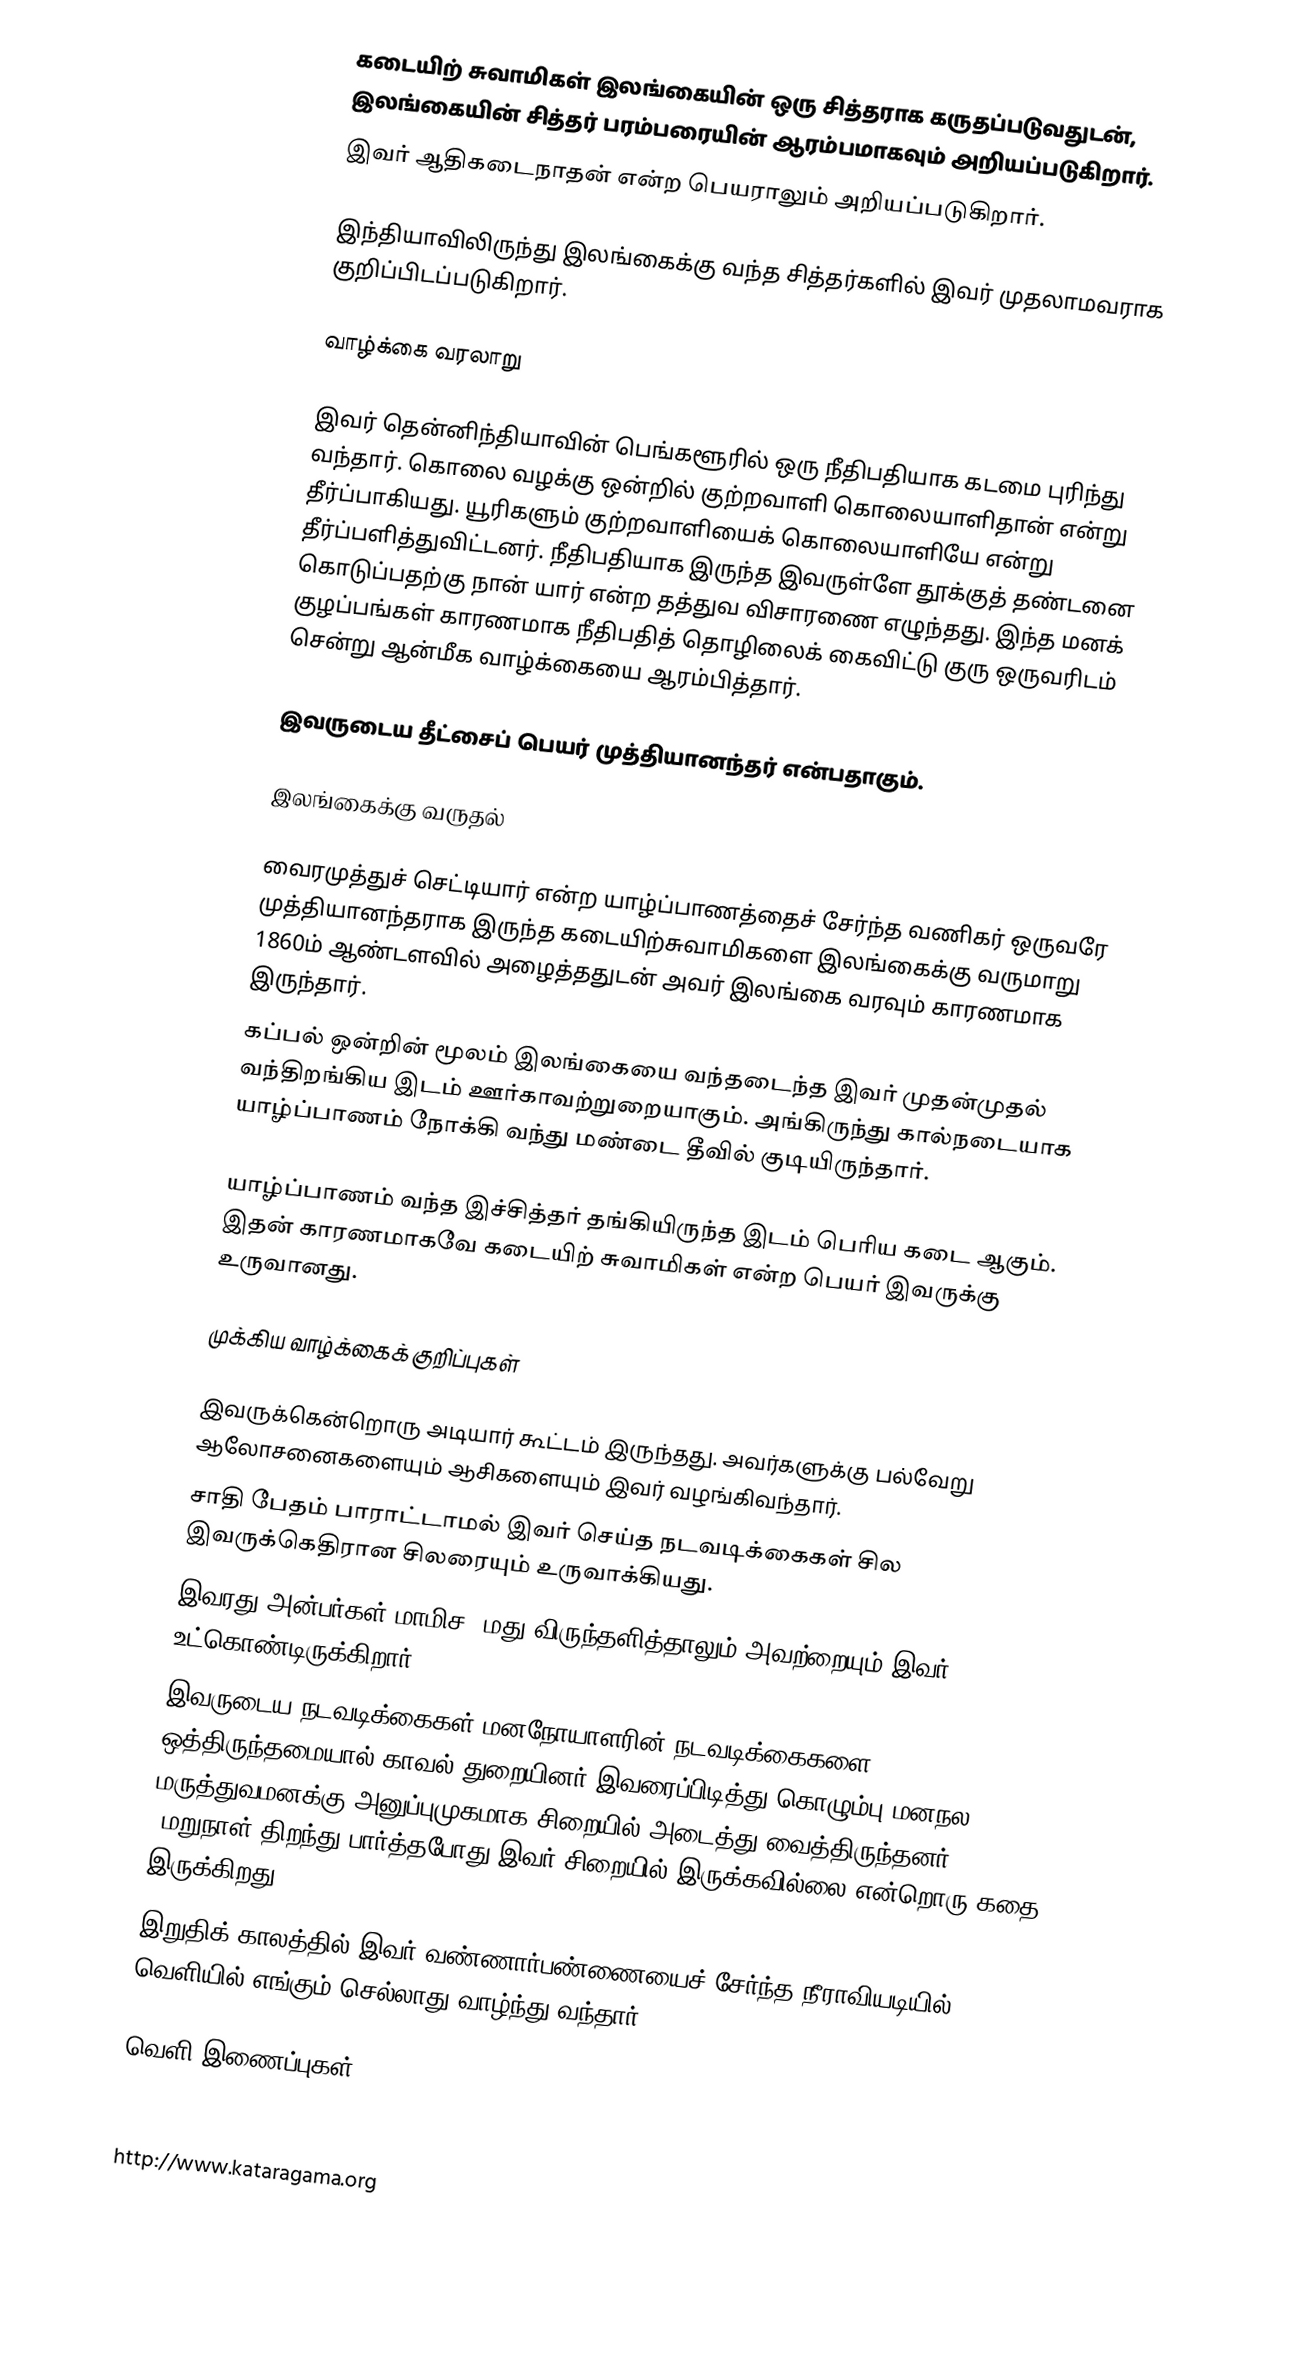
கடையிற் சுவாமிகள் இலங்கையின் ஒரு சித்தராக கருதப்படுவதுடன், இலங்கையின் சித்தர் பரம்பரையின் ஆரம்பமாகவும் அறியப்படுகிறார்.
இவர் ஆதிகடைநாதன் என்ற பெயராலும் அறியப்படுகிறார்.

இந்தியாவிலிருந்து இலங்கைக்கு வந்த சித்தர்களில் இவர் முதலாமவராக குறிப்பிடப்படுகிறார்.

வாழ்க்கை வரலாறு

இவர் தென்னிந்தியாவின் பெங்களூரில் ஒரு நீதிபதியாக கடமை புரிந்து வந்தார். கொலை வழக்கு ஒன்றில் குற்றவாளி கொலையாளிதான் என்று தீர்ப்பாகியது. யூரிகளும் குற்றவாளியைக் கொலையாளியே என்று தீர்ப்பளித்துவிட்டனர். நீதிபதியாக இருந்த இவருள்ளே தூக்குத் தண்டனை கொடுப்பதற்கு நான் யார் என்ற தத்துவ விசாரணை எழுந்தது. இந்த மனக் குழப்பங்கள் காரணமாக நீதிபதித் தொழிலைக் கைவிட்டு குரு ஒருவரிடம் சென்று ஆன்மீக வாழ்க்கையை ஆரம்பித்தார்.

இவருடைய தீட்சைப் பெயர் முத்தியானந்தர் என்பதாகும்.

இலங்கைக்கு வருதல்

வைரமுத்துச் செட்டியார் என்ற யாழ்ப்பாணத்தைச் சேர்ந்த வணிகர் ஒருவரே முத்தியானந்தராக இருந்த கடையிற்சுவாமிகளை இலங்கைக்கு  வருமாறு 1860ம் ஆண்டளவில் அழைத்ததுடன் அவர் இலங்கை  வரவும் காரணமாக இருந்தார்.
கப்பல் ஒன்றின் மூலம் இலங்கையை வந்தடைந்த இவர் முதன்முதல் வந்திறங்கிய இடம் ஊர்காவற்றுறையாகும். அங்கிருந்து கால்நடையாக யாழ்ப்பாணம் நோக்கி வந்து மண்டை தீவில் குடியிருந்தார்.

யாழ்ப்பாணம் வந்த இச்சித்தர் தங்கியிருந்த இடம் பெரிய கடை ஆகும். இதன் காரணமாகவே கடையிற் சுவாமிகள் என்ற பெயர் இவருக்கு உருவானது.

முக்கிய வாழ்க்கைக் குறிப்புகள்

 இவருக்கென்றொரு அடியார் கூட்டம் இருந்தது. அவர்களுக்கு பல்வேறு ஆலோசனைகளையும் ஆசிகளையும் இவர் வழங்கிவந்தார்.
 சாதி பேதம் பாராட்டாமல் இவர் செய்த நடவடிக்கைகள் சில இவருக்கெதிரான சிலரையும் உருவாக்கியது.
 இவரது அன்பர்கள் மாமிச, மது விருந்தளித்தாலும் அவற்றையும் இவர் உட்கொண்டிருக்கிறார்.
இவருடைய நடவடிக்கைகள் மனநோயாளரின் நடவடிக்கைகளை ஒத்திருந்தமையால் காவல் துறையினர் இவரைப்பிடித்து கொழும்பு மனநல மருத்துவமனக்கு அனுப்புமுகமாக சிறையில் அடைத்து வைத்திருந்தனர்.  (மறுநாள் திறந்து பார்த்தபோது இவர் சிறையில் இருக்கவில்லை என்றொரு கதை இருக்கிறது)
இறுதிக் காலத்தில் இவர் வண்ணார்பண்ணையைச் சேர்ந்த நீராவியடியில் வெளியில் எங்கும் செல்லாது வாழ்ந்து வந்தார்.

வெளி இணைப்புகள்

Kadai Swami of Jaffna, K. Ramachandran -
http://www.kataragama.org